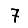
Digit: 7